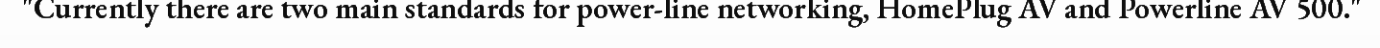
"Currently there are two main standards for power-line networking, HomePlug AV and Powerline AV 500."